Jaan_Tonisson_(Lasteleht), lk 97
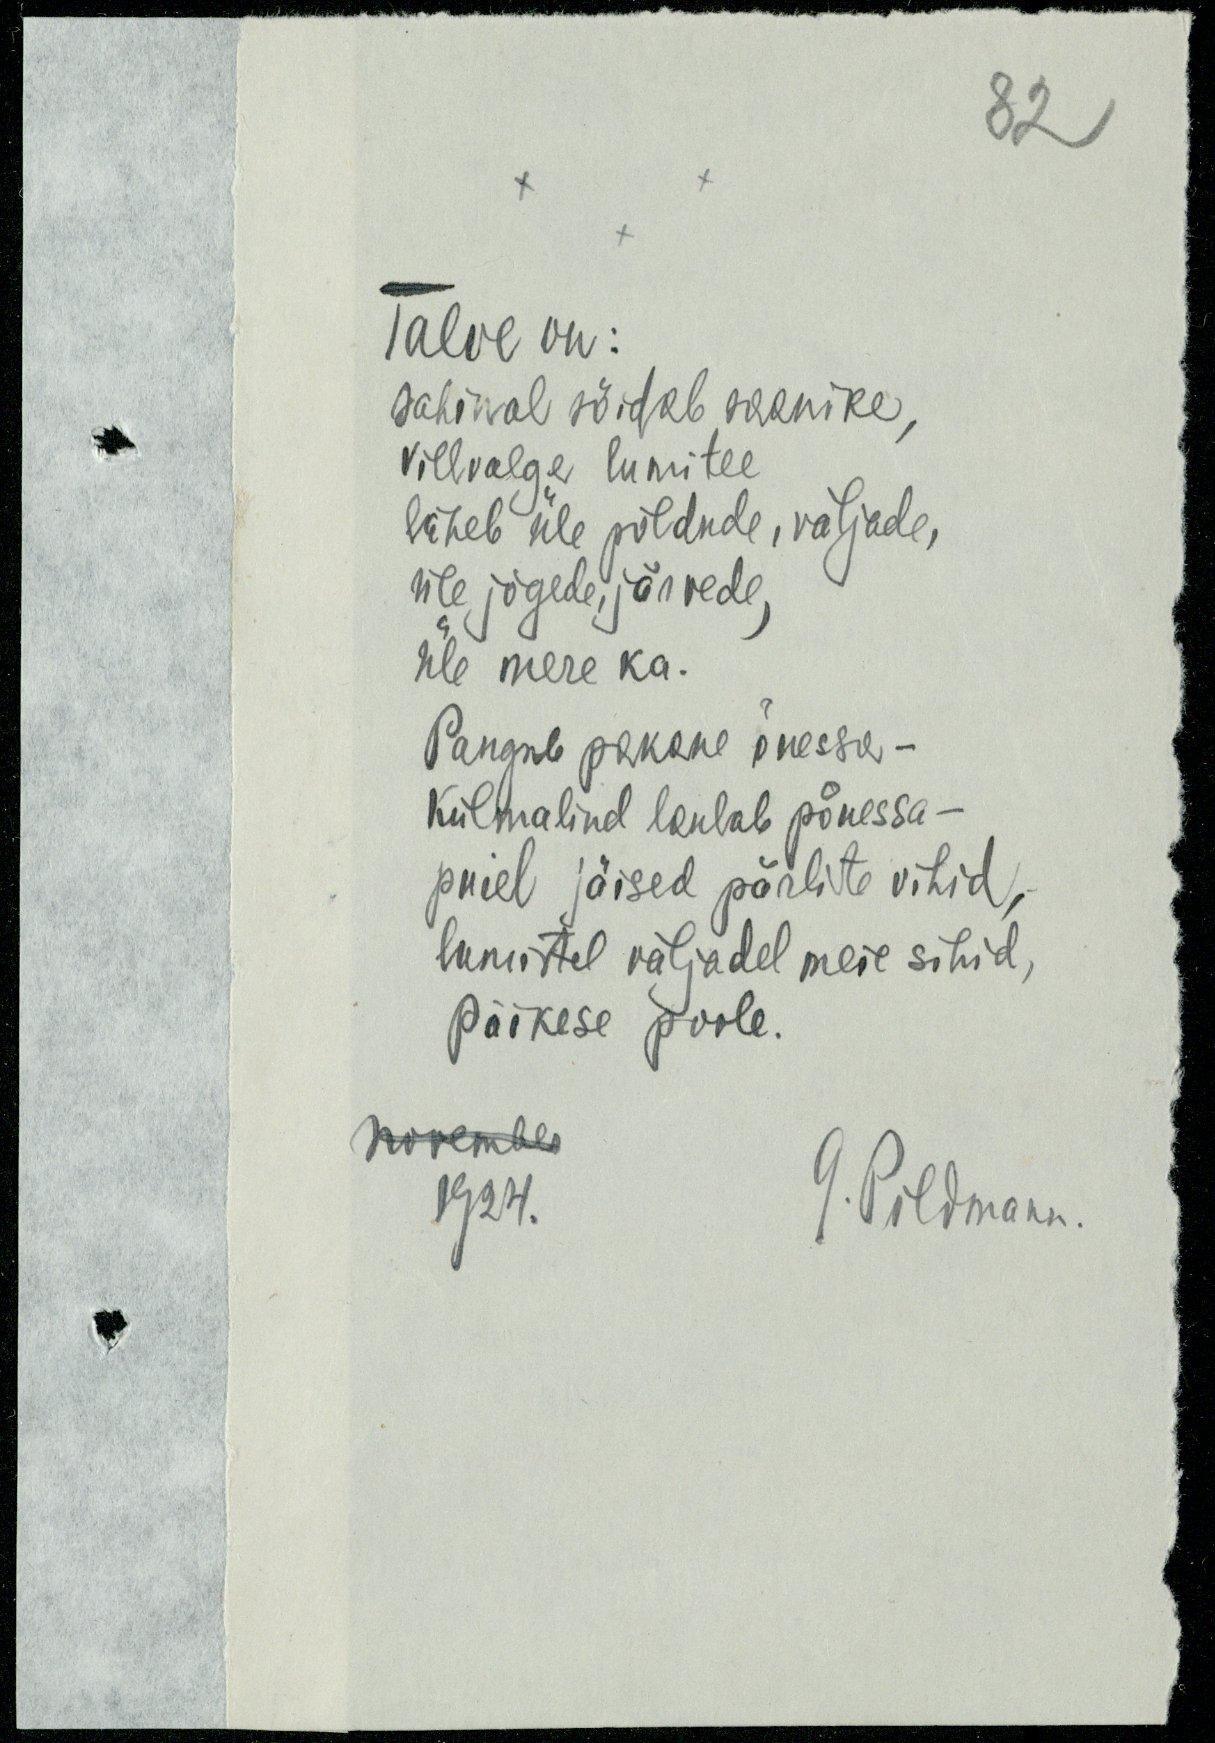
82
Talve on:
sahinal sõidab saanike
villvalge lumitee
läheb üle põldude, väljade,
üle jõgede, järvede,
Üle mere ka.
Pangeb pakane õuesse -
Külmalind laulab pöuesse -
puiel jäiseid pärlite vihid
lumistel väljadel meie sihid
päikese poole.
november
1924.
G. Põldmann